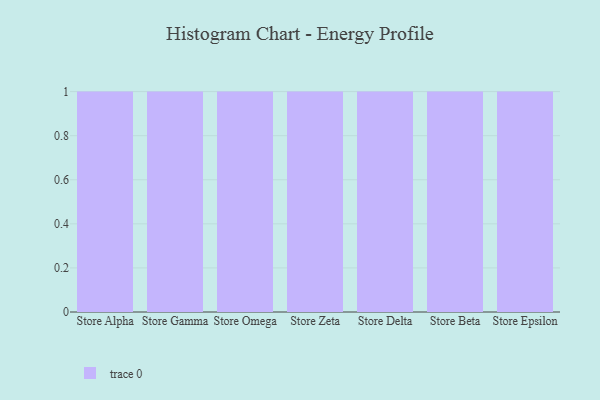
{"axis": {"x": "Store", "y": "Production Output"}, "legend": [""], "data": [{"x": "Store Alpha", "y": 5, "type": ""}, {"x": "Store Gamma", "y": 6, "type": ""}, {"x": "Store Omega", "y": 85, "type": ""}, {"x": "Store Zeta", "y": 50, "type": ""}, {"x": "Store Delta", "y": 19, "type": ""}, {"x": "Store Beta", "y": 95, "type": ""}, {"x": "Store Epsilon", "y": 100, "type": ""}]}